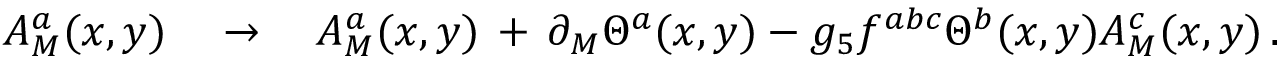
A _ { M } ^ { a } ( x , y ) \quad \to \quad A _ { M } ^ { a } ( x , y ) \, + \, \partial _ { M } \Theta ^ { a } ( x , y ) - g _ { 5 } f ^ { a b c } \Theta ^ { b } ( x , y ) A _ { M } ^ { c } ( x , y ) \, .